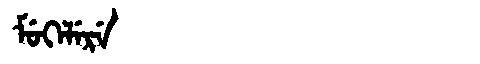
Manchu: ᠮᡠᡴᡝᠯᡝᡵᡝ
Romanization: MUKELERE